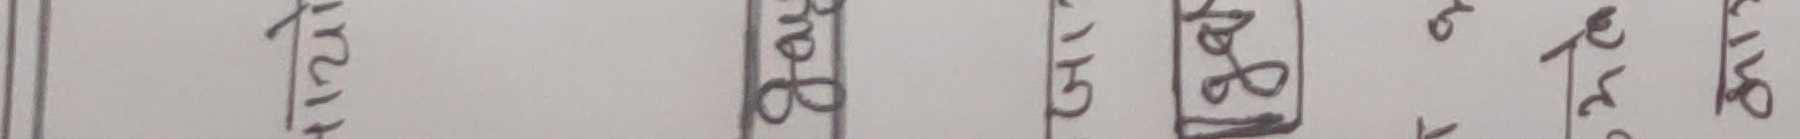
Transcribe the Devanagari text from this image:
करन